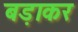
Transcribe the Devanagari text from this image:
बड़ाकर